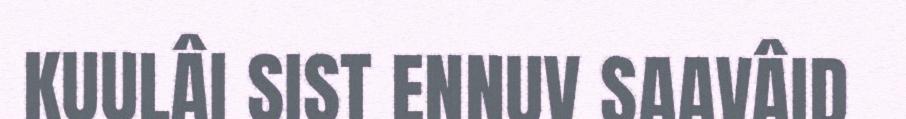
KUULÂI SIST ENNUV SAAVÂID